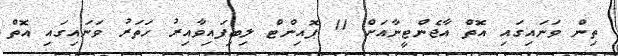
ތިން ވަނައިގައި އޮތް އާޖެންޓީނާއަށް 11 ޕޮއިންޓް ލިބިފައިވާއިރު ހަތަރު ވަނައިގައި އޮތް